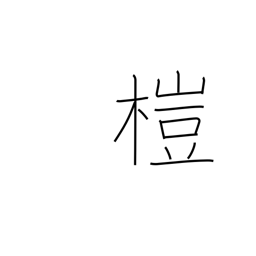
Meaning: alder